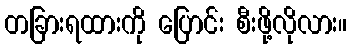
တခြားရထားကို ပြောင်း စီးဖို့လိုလား။